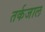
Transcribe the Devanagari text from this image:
तर्कजाल